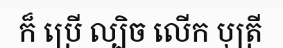
ក៏ ប្រើ ល្បិច លើក បុត្រី